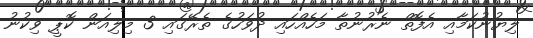
ލިޔުނުކަމާއި އެފޮތް ނެރުނުތާ މަހެއްހައި ދުވަހުގެ ތެރޭގައި 3 މިލިއަން ކޮޕީ ވިކުނު